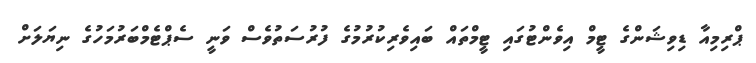
ޕްރިމިއާ ޑިވިޝަންގެ ޓީމް އިވެންޓުގައި ޓީމްތައް ބައިވެރިކުރުމުގެ ފުރުސަތުވެސް ވަނީ ސެޕްޓެމްބަރުމަހުގެ ނިޔަލަށް